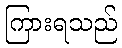
ကြားရသည်